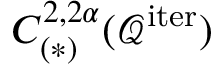
C _ { ( * ) } ^ { 2 , 2 \alpha } ( \mathcal { Q } ^ { \mathrm { i t e r } } )